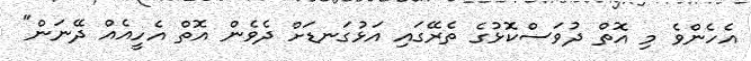
އެހެންވެ މި އޮތް ދުވަސްކޮޅުގެ ތެރޭގައި އަޅުގަނޑަށް ދެވެން އޮތް އެހީއެއް ދޭނަން"